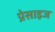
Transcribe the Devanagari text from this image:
प्रेसाइज